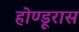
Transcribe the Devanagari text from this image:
होण्डूरास